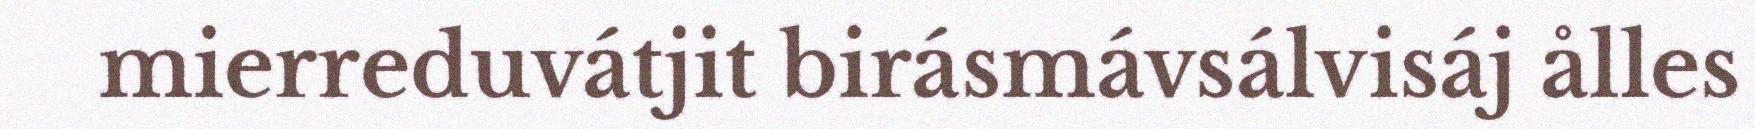
mierreduvátjit birásmávsálvisáj ålles